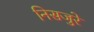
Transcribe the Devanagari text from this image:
निसजुरे